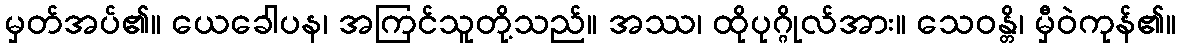
မှတ်အပ်၏။ ယေခေါပန၊ အကြင်သူတို့သည်။ အဿ၊ ထိုပုဂ္ဂိုလ်အား။ သေဝန္တိ၊ မှီဝဲကုန်၏။